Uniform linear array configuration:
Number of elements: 48
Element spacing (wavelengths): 0.5
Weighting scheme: hamming
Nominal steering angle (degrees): -15
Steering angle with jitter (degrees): -16.8
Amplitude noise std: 0.05
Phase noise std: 0.05

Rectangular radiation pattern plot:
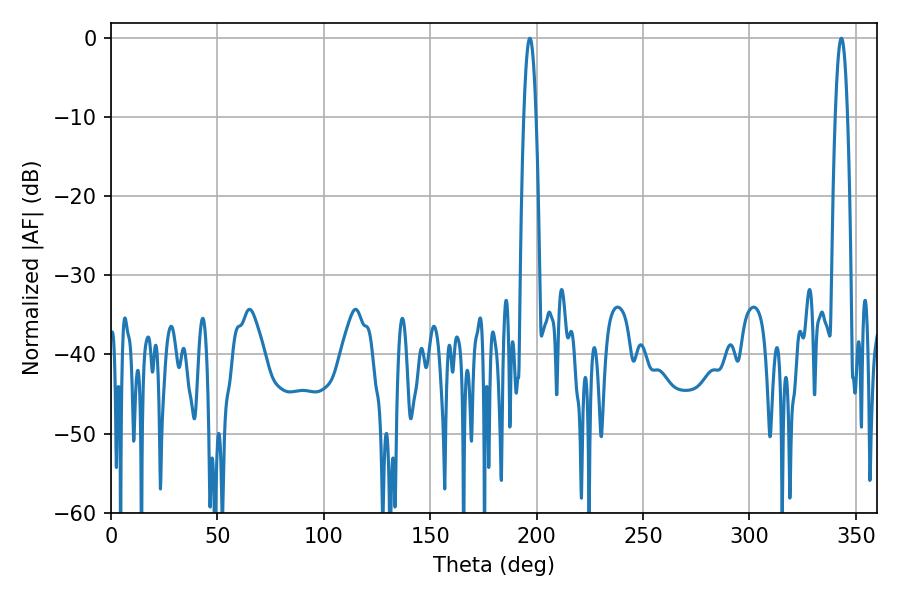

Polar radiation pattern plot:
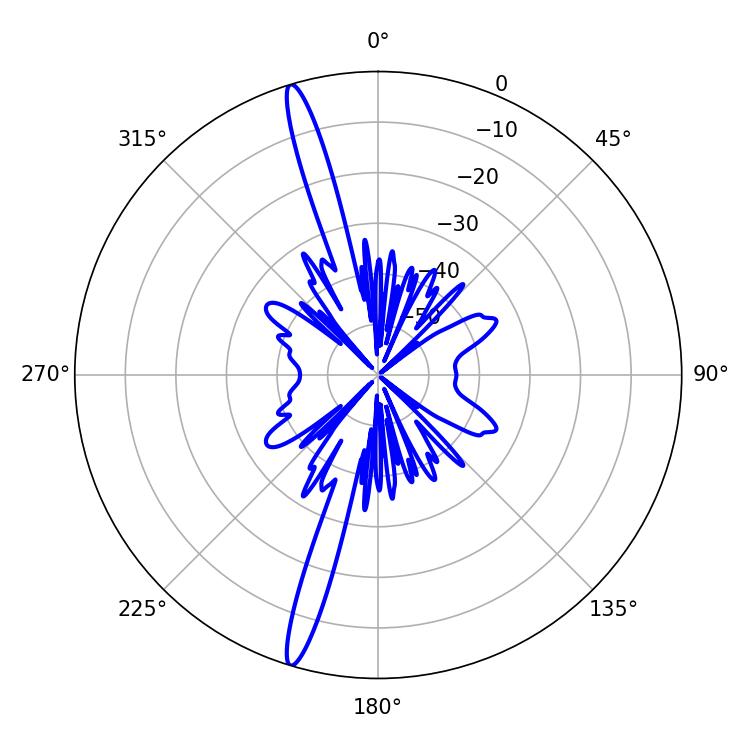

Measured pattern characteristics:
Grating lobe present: FALSE
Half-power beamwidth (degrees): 3.06
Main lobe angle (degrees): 196.74